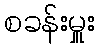
စခန်းမှူး